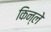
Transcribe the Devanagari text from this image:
किन्ले